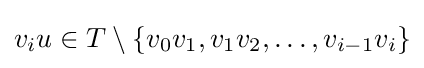
v_{i}u\in T\setminus \{v_{0}v_{1},v_{1}v_{2},\dotsc ,v_{i-1}v_{i}\}